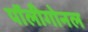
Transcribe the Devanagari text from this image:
पॉलीगोनल